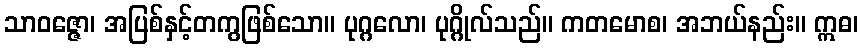
သာဝဇ္ဇော၊ အပြစ်နှင့်တကွဖြစ်သော။ ပုဂ္ဂလော၊ ပုဂ္ဂိုလ်သည်။ ကတမောစ၊ အဘယ်နည်း။ ဣဓ၊